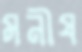
মনীষ